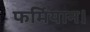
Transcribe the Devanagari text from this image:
फर्मियान।